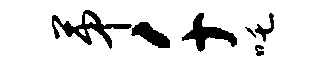
第千吒